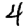
Digit: 4